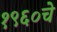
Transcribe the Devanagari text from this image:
१९६०चे